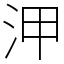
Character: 㳌